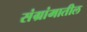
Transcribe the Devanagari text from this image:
संग्रांमातील